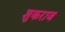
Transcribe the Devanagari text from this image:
शुकराज